Calcutta medical institutions reports 1871-78
Year: 1871
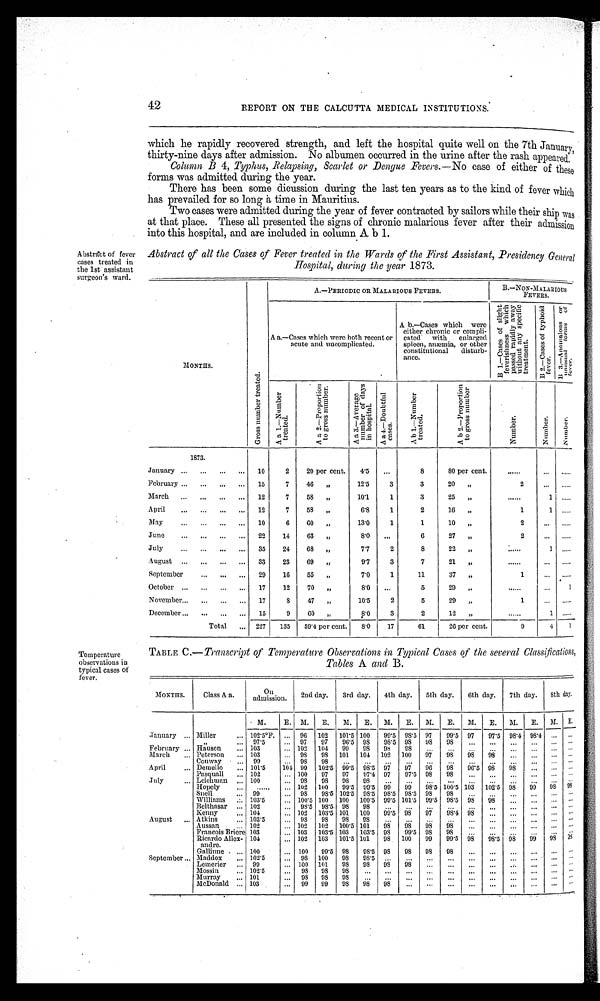
42
REPORT ON THE CALCUTTA MEDICAL INSTITUTIONS.
which he rapidly recovered strength, and left the hospital quite well on the 7th January,
thirty-nine days after admission. No albumen occurred in the urine after the rash appeared.
Column B 4, Typhus, Relapsing, Scarlet or Dengue Fevers.— No case of either of these
forms was admitted during the year.
There has been some dicussion during the last ten years as to the kind of fever which
has prevailed for so long a time in Mauritius.
Two cases were admitted during the year of fever contracted by sailors while their ship was
at that place. These all presented the signs of chronic malarious fever after their admission
into this hospital, and are included in column A. b 1.
Abstract of fever
cases treated in
the 1st assistant
surgeon's ward.
Temperature
observations in
typical cases of
fever.
Abstract of all the Cases of Fever treated in the Wards of the First Assistant, Presidency General
Hospital, during the year 1873.
M O N T H S .
G r o s s n u m b e r t r e a t e d .
A.—PERIODIC OR MALARIOUS FEVERS.
B.—NON-MALARIOUS
FEVERS.
A a.—Cases which were both recent or
acute and uncomplicated.
A b.—Cases which were
either chronic or compli-
cated with enlarged
spleen, anæmia, or other
constitutional disturb-
ance.
B 1.—Cases of slight
feverishness which
passed rapidly away
without any specific
treatment.
B 2 . —C a s e s o f t y p h o i d
fever.
B 3. —Anomal ous or
unusual forms of
fever.
A a 1 . —Nu mb e r
treated.
A a 2 . —P r o p o r t i o n
t o g r o s s n u mb e r .
A a 3 . —Av e r a g e
n u mb e r o f d a y s
i n hos pi t al .
A a 4 . — D o u b t f u l
eas es.
A b 1 . —N u mb e r
t reat ed.
A b 2. —Pr opor t i on
t o gr oss number
Number .
Number .
Numbe r .
1873.
January
10
2
20
per cent.
4·5
...
8
80 per cent.
. . . . . .
. . .
. . . . . .
February
15
7
46
„
12·5
3
3
20
,,
2
. . .
. . . . . .
March
12
7
58 „
10·1
1
3
25
„
. . . . . .
1
. . . . . .
April
12
7
58
„
6·8
1
2
16
„
1
1
. . . . . .
May
10
6
6 0 „
13·0
1
1
10
„
2
. . .
. . . . . .
June
22
14
63
,,
8·0
. . .
6
27
„
2
. . .
. . . . . .
July
35
24
68
„
7·7
2
8
22
„
. . . . . .
1
. . . . . .
August
33
23
69
,,
9·7
3
7
21
„
. . . . . .
. . .
. . . . . .
September
29
16
55
„
7·0
1
11
37
„
1
. . .
. . . . . .
October
17
12
70
„
8·0
...
5
29
„
. . . . . .
...
1
November
17
8
47
,,
10·5
2
5
29
„
1
. . .
. . . . . .
December
15
9
60
„
8·0
3
2
12
„
. . . . . .
1
. . . . . .
Total
227
135
59·4 per cent.
8·0
17
61
26 per cent.
9
4
1
TABLE C.— Transcript of Temperature Observations in Typical Cases of the several Classifications,
Tables A and B.
MONTHS.
Class A a .
On admi ssi on.
2nd day.
3rd day.
4th day.
5th day.
6th day.
7th day.
8th day.
M.
E. M.
E.
M.
E.
M.
E.
M.
E.
M.
E.
M.
E.
M. E.
January
Miller
102·5°F. ... 96
102
101·5 100
99·5 98·5 97
99·5 97
97·5 98·4 98·4 ... ...
,,
97·5
... 97
97
96·5 98
98·5 98
98
98
...
...
...
... ....
...
February
Hausen
103
... 102
104
99
98
98
98
... ...
...
...
...
...
...
...
March
Peterson
103
... 98
98 101
104
102
100
97
98
98
98
...
...
... ...
Conway
99
... 98
98
...
. . .
...
...
...
...
...
...
...
...
... ...
April
Demello
101·5
104 99
102·5 99·5 98·5 97
97
96
98
96·5 98
98
... ...
...
Pasquall
102
... 100
97
97
97·4 97
97·5 98
98
...
...
...
...
...
...
July
Leichman
100
... 98
98
98
98
...
...
... ...
...
...
...
...
...
...
Hopely
.....
... 102
100
99·5 99·5 99
99
98·5 100·5 103
102·5 98
99 98
98
Snell
99
...
9 8
98·5 102·5 98·5 98·5 98·5 98
98
...
...
...
...
...
...
Williams
103·5
... 100·5 100
100
100·5 99·5 101·5 99·5 98·5 98
98
...
...
... ...
Belthasar
102
... 98·5 95·5 98
98 ...
...
... ...
...
...
...
...
... ...
Kenny
104
... 102
103·5 101 100
99·5 98
97 98·4 98 ...
...
... ... ...
August
Atkins
103·5
... 98
98
98
98
...
...
...
...
...
...
...
...
... ...
Aussan
102
. . . 102
102
100·5 101
98
98
98
98
...
...
...
...
... ...
Francois Briere 103
. . . 103
103·5 103
103·5 98
99·5 98
98 ...
...
...
...
...
...
Ricardo Allex-
andre.
104
... 102
103
101·5 101
98
100
99
99·5 98
98·5 98 99 98
98
Gallinne
100
... 100
99·5 98
98·5 98
98
98
98
...
...
...
...
... ...
September
Maddox
102·5
. . . 98 100
98
98·5 ...
. . .
...
...
...
...
...
...
... ...
Lemerier
99
. . . 100 101
98
98 98
98
...
...
... ...
...
... ...
...
Mossin
102·5
. . . 98
98
98 98
...
...
...
...
...
...
...
... ...
...
Murray
101
...
98
98
98
98
...
...
...
...
...
...
...
...
...
...
McDonald
103
. . . 99
99
98 98
98
...
...
...
...
...
...
...
...
...